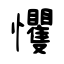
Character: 戄